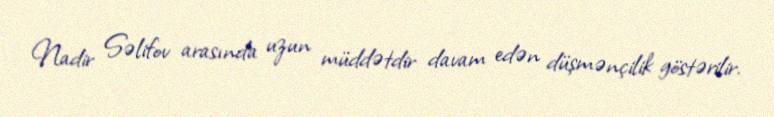
Nadir Səlifov arasında uzun müddətdir davam edən düşmənçilik göstərilir.